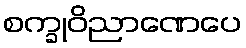
စက္ခုဝိညာဏေပေ